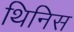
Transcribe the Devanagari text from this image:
थिनिस